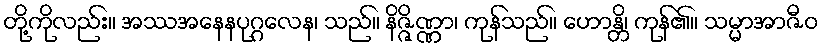
တို့ကိုလည်း။ အဿအနေနပုဂ္ဂလေန၊ သည်။ နိဇ္ဇိဏ္ဏာ၊ ကုန်သည်။ ဟောန္တိ၊ ကုန်၏။ သမ္မာအာဇီဝ